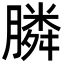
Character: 膦